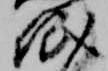
紙